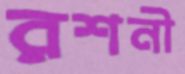
রশনী